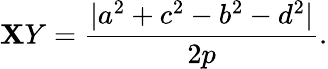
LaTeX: \mathbf{X}Y={\frac{{|a^{2}+c^{2}-b^{2}-d^{2}|}}{{2p}}}.